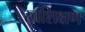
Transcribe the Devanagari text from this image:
स्वशिक्षण